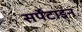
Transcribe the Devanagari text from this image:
सर्पेंटाइन